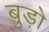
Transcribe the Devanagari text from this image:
बुड़ो